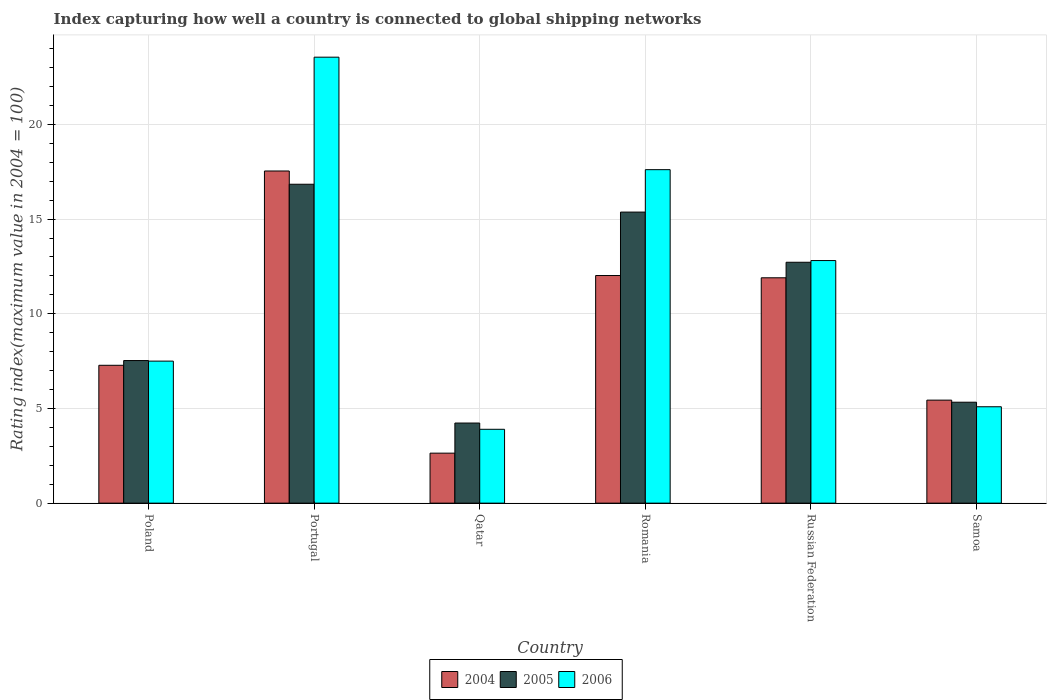
| Country | 2004 | 2005 | 2006 |
 | --- | --- | --- | --- |
 | Poland | 7.28 | 7.53 | 7.5 |
 | Portugal | 17.5 | 16.8 | 23.6 |
 | Qatar | 2.64 | 4.23 | 3.9 |
 | Romania | 12 | 15.4 | 17.6 |
 | Russian Federation | 11.9 | 12.7 | 12.8 |
 | Samoa | 5.44 | 5.33 | 5.09 |